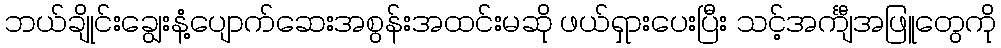
ဘယ်ချိုင်းချွေးနံ့ပျောက်ဆေးအစွန်းအထင်းမဆို ဖယ်ရှားပေးပြီး သင့်အင်္ကျီအဖြူတွေကို